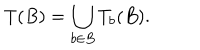
LaTeX: T ( B ) = \bigcup _ { b \in B } T _ { b } ( B ) .